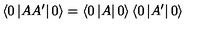
\left\langle 0 \left| A A ^ { \prime } \right| 0 \right\rangle = \left\langle 0 \left| A \right| 0 \right\rangle \left\langle 0 \left| A ^ { \prime } \right| 0 \right\rangle